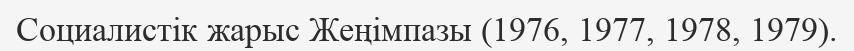
Социалистік жарыс Жеңімпазы (1976, 1977, 1978, 1979).